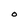
Character: O